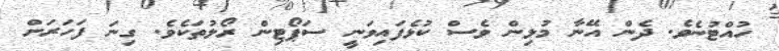
ހުއްޓުނެވެ. ދެން އޭނާ މުޅިން ވެސް ކުޅެފައިވަނީ ސަޕޯޓިން ރޯލުތަކެވެ. ގިނަ ފަހަރަށް